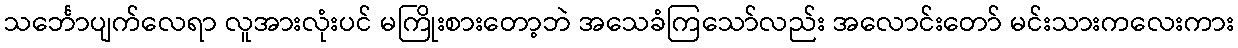
သင်္ဘောပျက်လေရာ လူအားလုံးပင် မကြိုးစားတော့ဘဲ အသေခံကြသော်လည်း အလောင်းတော် မင်းသားကလေးကား